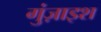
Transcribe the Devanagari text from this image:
गुंज़ाइश